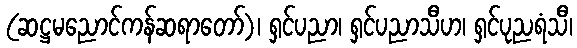
(ဆဋ္ဌမညောင်ကန်ဆရာတော်)၊ ရှင်ပညာ၊ ရှင်ပညာသီဟ၊ ရှင်ပုညရံသီ၊